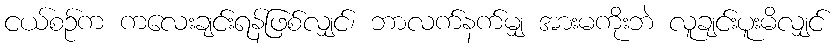
ငယ်စဉ်က ကလေးချင်းရန်ဖြစ်လျှင်၊ ဘာလက်နက်မျှ အားမကိုးဘဲ လူချင်းပူးမိလျှင်